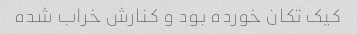
کیک تکان خورده بود و کنارش خراب شده